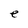
Character: e